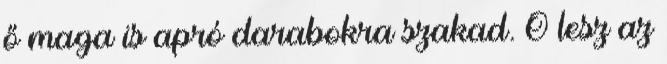
ő maga is apró darabokra szakad. Ő lesz az